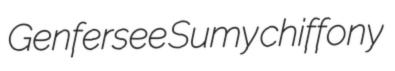
Genfersee Sumy chiffony